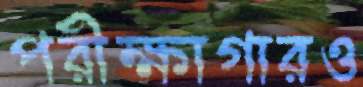
পরীক্ষাগারও